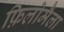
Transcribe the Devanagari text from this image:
फ़िलोमैला